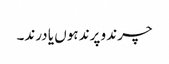
چرند و پرند ہوں یا درند۔